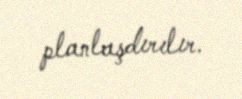
planlaşdırılır.